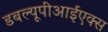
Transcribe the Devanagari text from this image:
डबल्यूपीआईएक्स